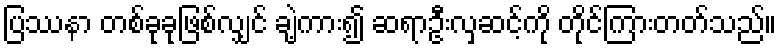
ပြဿနာ တစ်ခုခုဖြစ်လျှင် ချဲ့ကား၍ ဆရာဦးလှဆင့်ကို တိုင်ကြားတတ်သည်။